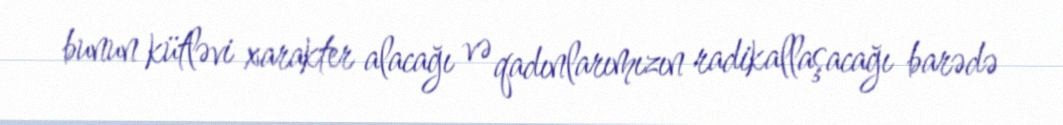
bunun kütləvi xarakter alacağı və qadınlarımızın radikallaşacağı barədə